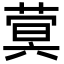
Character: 蓂